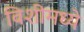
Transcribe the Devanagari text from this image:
विशीमध्ये